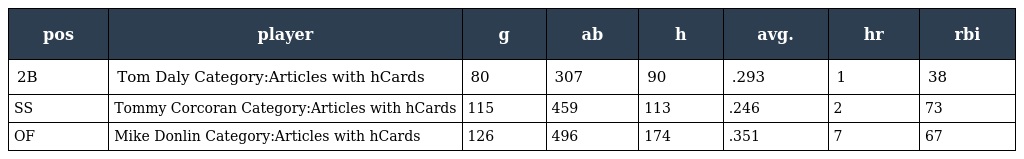
| pos | player | g | ab | h | avg. | hr | rbi |
 | --- | --- | --- | --- | --- | --- | --- | --- |
 | 2B | Tom Daly Category:Articles with hCards | 80 | 307 | 90 | .293 | 1 | 38 |
 | SS | Tommy Corcoran Category:Articles with hCards | 115 | 459 | 113 | .246 | 2 | 73 |
 | OF | Mike Donlin Category:Articles with hCards | 126 | 496 | 174 | .351 | 7 | 67 |